Civil Veterinary Dept. Bombay admin report 1932-41 - 1932-1941
Year: 1932
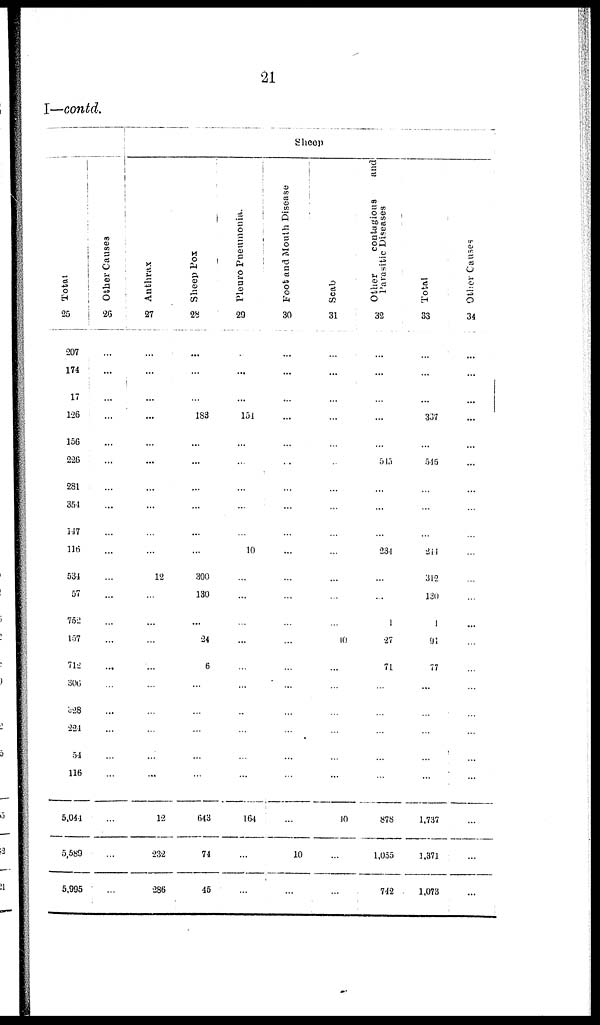
21
I—contd.
Total
25
207
174
17
126
156
226
281
351
147
116
534
57
752
157
712
306
328
224
51
116
5,044
5,589
5,995
Other Causes
26
...
...
...
...
...
...
...
...
...
...
...
...
...
...
...
...
...
...
...
...
...
...
...
Sheep
Anthrax
27
...
...
...
...
...
...
...
...
...
...
12
...
...
...
...
...
...
...
...
...
12
232
286
Sheep Pox
28
...
...
...
183
...
...
...
...
...
...
300
130
...
24
6
...
...
...
...
...
643
74
45
Pleuro Pneumonia.
29
...
...
...
151
...
...
...
...
...
10
...
...
...
...
...
...
...
...
...
...
164
...
...
Foot and Mouth Disease
30
...
...
...
...
...
...
...
...
...
...
...
...
...
...
...
...
...
...
...
...
...
10
...
Scab
31
...
...
...
...
...
...
...
...
...
...
...
...
...
10
...
...
...
...
...
...
10
...
...
Other
contagious
and
Parasitic Diseases
32
...
...
...
...
...
545
...
...
...
234
...
...
1
27
71
...
...
...
...
...
878
1,055
742
Total
33
...
...
...
337
...
515
...
...
...
244
312
130
1
91
77
...
...
...
...
...
1,737
1,371
1,073
Other Causes
34
...
...
...
...
...
...
...
...
...
...
...
...
...
...
...
...
...
...
...
...
...
...
...